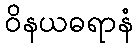
ဝိနယဓရာနံ